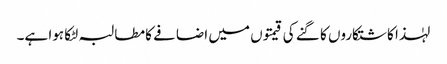
لہٰذا کاشتکاروں کا گنے کی قیمتوں میں اضافے کا مطالبہ لٹکا ہوا ہے۔